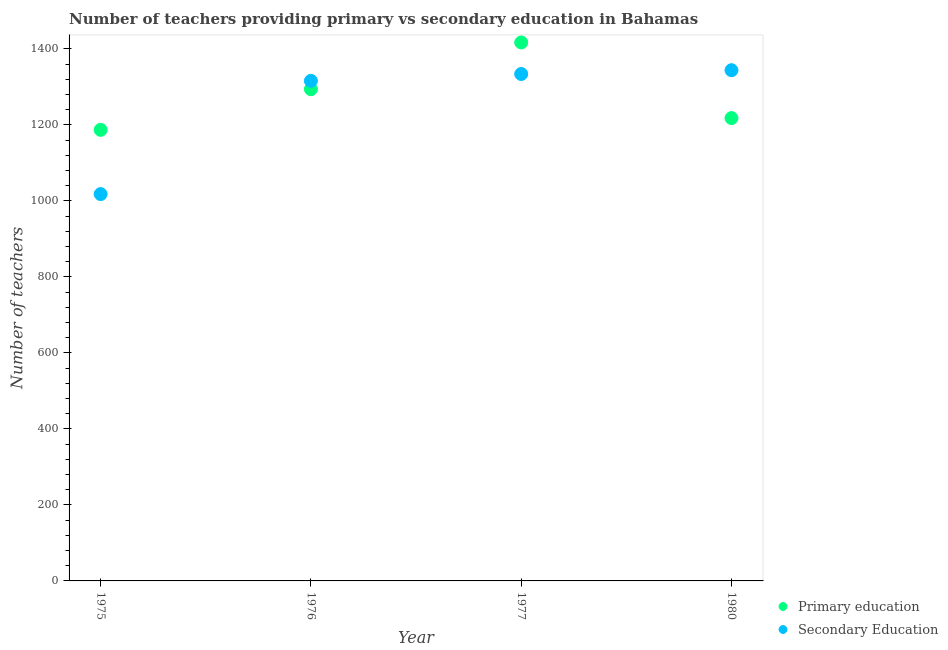
| Year | Primary education | Secondary Education |
 | --- | --- | --- |
 | 1975 | 1.19e+03 | 1.02e+03 |
 | 1976 | 1.29e+03 | 1.32e+03 |
 | 1977 | 1.42e+03 | 1.33e+03 |
 | 1980 | 1.22e+03 | 1.34e+03 |